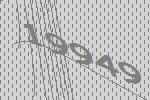
19949